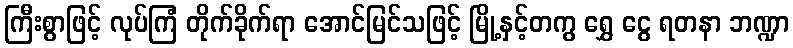
ကြီးစွာဖြင့် လုပ်ကြံ တိုက်ခိုက်ရာ အောင်မြင်သဖြင့် မြို့နှင့်တကွ ရွှေ ငွေ ရတနာ ဘဏ္ဍာ